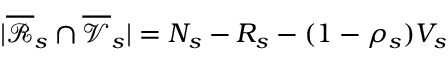
| \overline { { \mathcal { R } } } _ { s } \cap \overline { { \mathcal { V } } } _ { s } | = N _ { s } - R _ { s } - ( 1 - \rho _ { s } ) V _ { s }